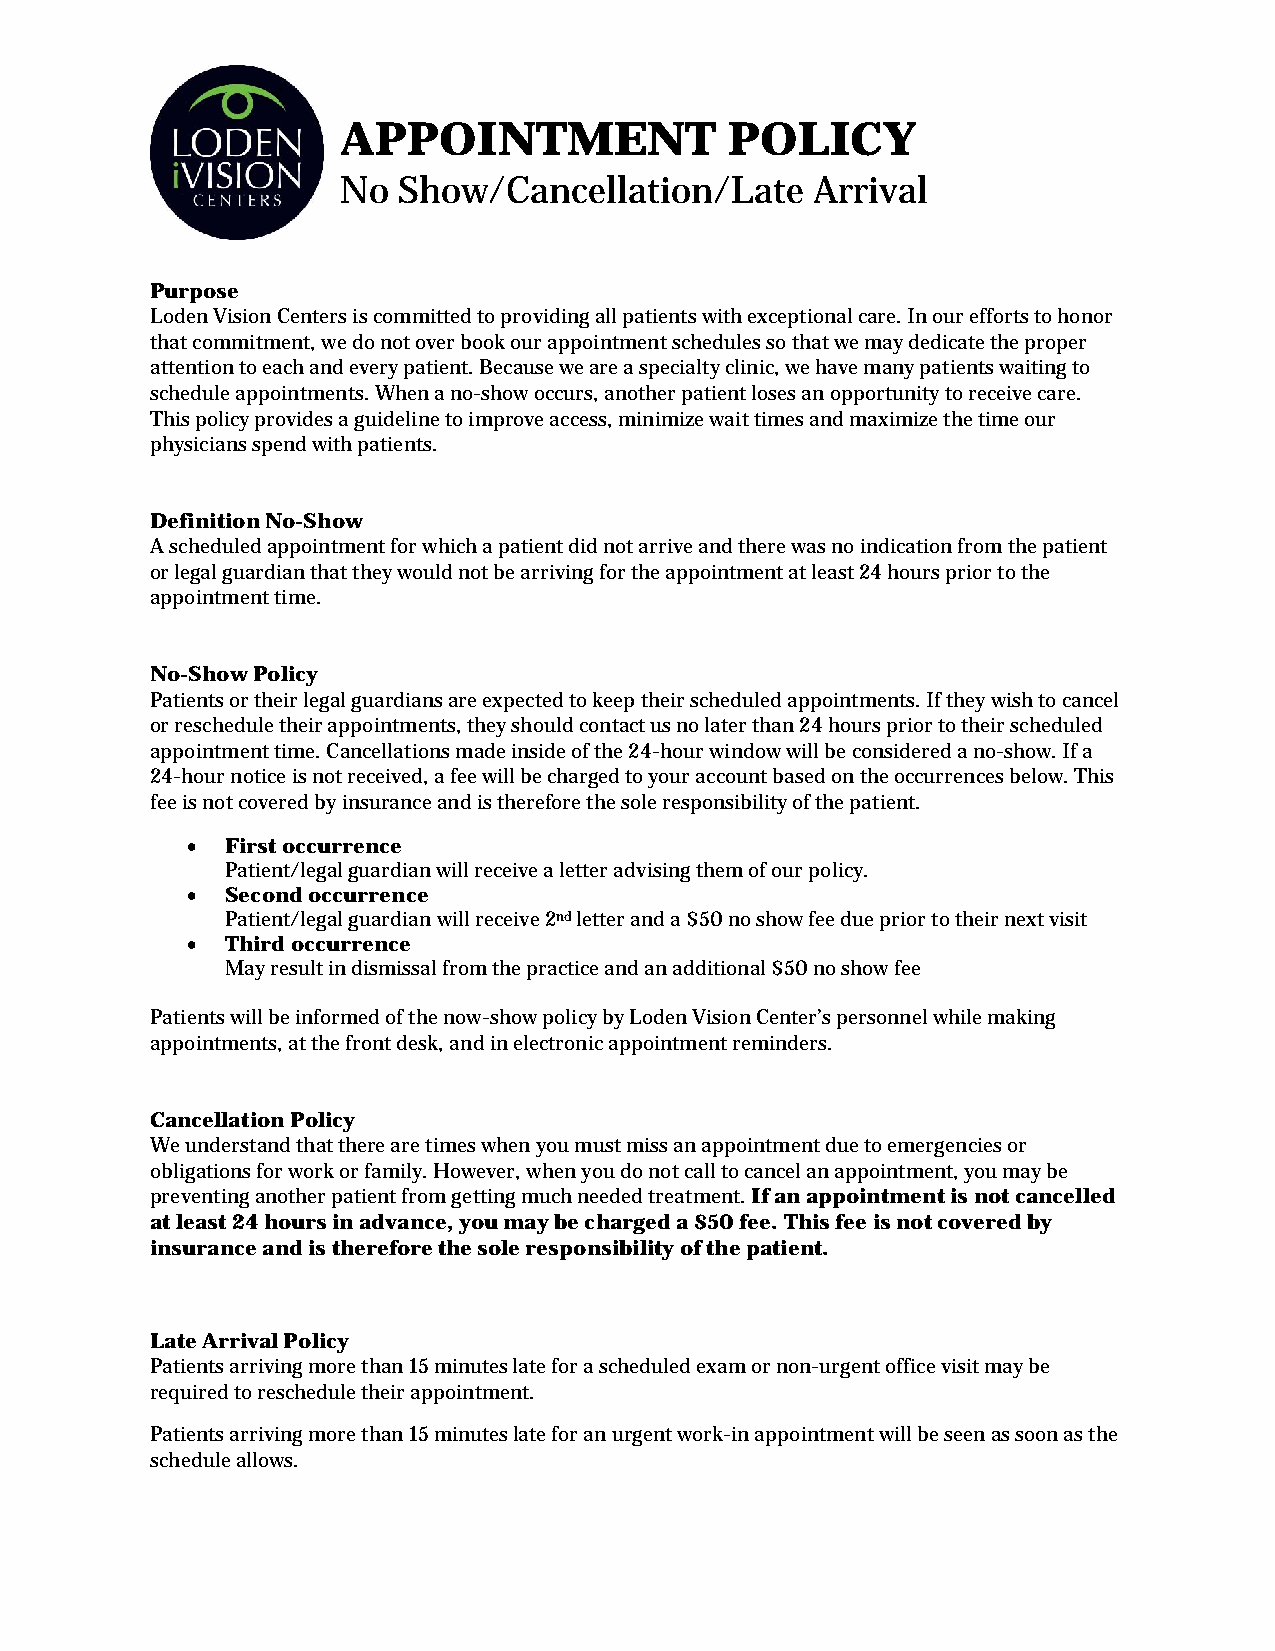
APPOINTMENT              POLICY
 No Show/Cancellation/Late      Arrival
 Purpose
 Loden Vision Centers is committed to providing all patients with exceptional care. In our efforts to honor
 that commitment, we do not over book our appointment schedules so that we may dedicate the proper
 attention to each and every patient. Because we are a specialty clinic, we have many patients waiting to
 schedule appointments. When a no-show occurs, another patient loses an opportunity to receive care.
 This policy provides a guideline to improve access, minimize wait times and maximize the time our
 physicians spend with patients.
 Definition No-Show
 A scheduled appointment for which a patient did not arrive and there was no indication from the patient
 or legal guardian that they would not be arriving for the appointment at least 24 hours prior to the
 appointment time.
 No-Show Policy
 Patients or their legal guardians are expected to keep their scheduled appointments. If they wish to cancel
 or reschedule their appointments, they should contact us no later than 24 hours prior to their scheduled
 appointment time. Cancellations made inside of the 24-hour window will be considered a no-show. If a
 24-hour notice is not received, a fee will be charged to your account based on the occurrences below. This
 fee is not covered by insurance and is therefore the sole responsibility of the patient.
   First occurrence
 Patient/legal guardian will receive a letter advising them of our policy.
   Second occurrence
 Patient/legal guardian will receive 2nd letter and a $50 no show fee due prior to their next visit
   Third occurrence
 May result in dismissal from the practice and an additional $50 no show fee
 Patients will be informed of the now-show policy by Loden Vision Center’s personnel while making
 appointments, at the front desk, and in electronic appointment reminders.
 Cancellation Policy
 We understand that there are times when you must miss an appointment due to emergencies or
 obligations for work or family. However, when you do not call to cancel an appointment, you may be
 preventing another patient from getting much needed treatment. If an appointment is not cancelled
 at least 24 hours in advance, you may be charged a $50 fee. This fee is not covered by
 insurance and is therefore the sole responsibility of the patient.
 Late Arrival Policy
 Patients arriving more than 15 minutes late for a scheduled exam or non-urgent office visit may be
 required to reschedule their appointment.
 Patients arriving more than 15 minutes late for an urgent work-in appointment will be seen as soon as the
 schedule allows.